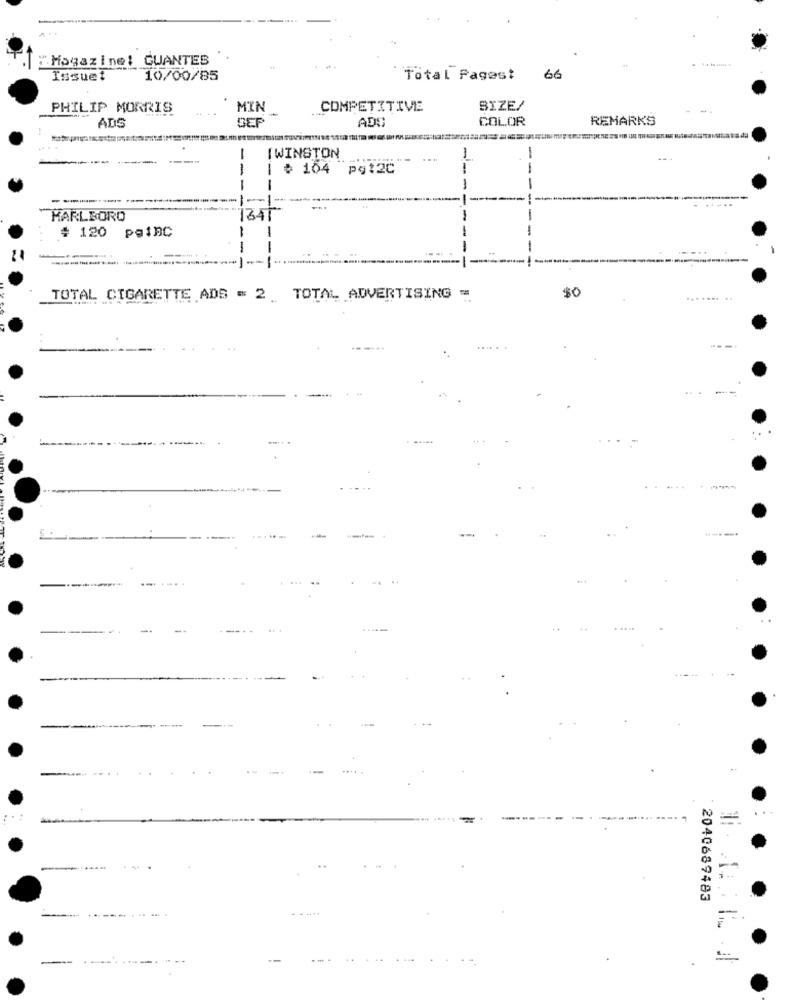
"Magazine! GUANTES
Issuet
10/00/85
Total Pages:
66
PHILIP MORRIS
MIN
COMPETITIVE
SIZE/
ADS
COLOR
REMARKS
ADS
-
IWINSTON
-
# 104
pq12C
1 ...
MARLBORO
341
# 120 paiBC
-
---------
50
TOTAL CIGARETTE ADS = 2 TOTAL ADVERTISING =
...
------.
-
2040689483
--